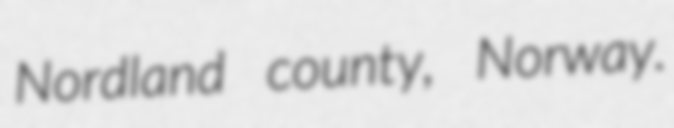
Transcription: Nordland county, Norway.